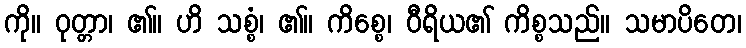
ကို။ ဝုတ္တာ၊ ၏။ ဟိ သစ္စံ၊ ၏။ ကိစ္စေ၊ ဝီရိယ၏ ကိစ္စသည်။ သမာပိတေ၊